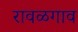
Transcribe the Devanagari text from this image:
रावळगाव